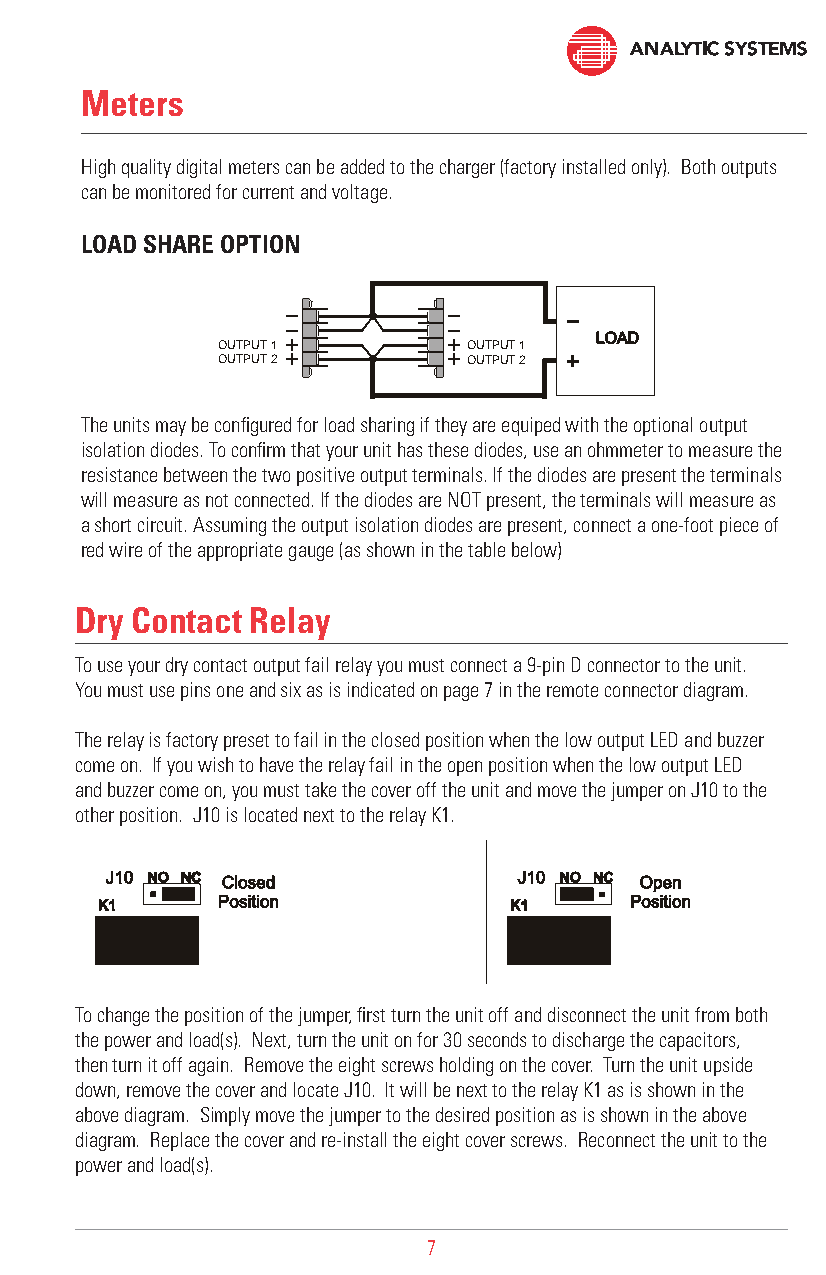
Meters
 High quality digital meters can be added to the charger (factory installed only). Both outputs
 can be monitored for current and voltage.
 LOAD SHARE OPTION
 OUTPUT 1         OUTPUT 1
 OUTPUT 2         OUTPUT 2
 The units may be configured for load sharing if they are equiped with the optional output
 isolation diodes. To confirm that your unit has these diodes, use an ohmmeter to measure the
 resistance between the two positive output terminals. If the diodes are present the terminals
 will measure as not connected. If the diodes are NOT present, the terminals will measure as
 a short circuit. Assuming the output isolation diodes are present, connect a one-foot piece of
 red wire of the appropriate gauge (as shown in the table below)
 Dry Contact Relay
 To use your dry contact output fail relay you must connect a 9-pin D connector to the unit.
 You must use pins one and six as is indicated on page 7 in the remote connector diagram.
 The relay is factory preset to fail in the closed position when the low output LED and buzzer
 come on. If you wish to have the relay fail in the open position when the low output LED
 and buzzer come on, you must take the cover off the unit and move the jumper on J10 to the
 other position. J10 is located next to the relay K1.
 To change the position of the jumper, first turn the unit off and disconnect the unit from both
 the power and load(s). Next, turn the unit on for 30 seconds to discharge the capacitors,
 then turn it off again. Remove the eight screws holding on the cover. Turn the unit upside
 down, remove the cover and locate J10. It will be next to the relay K1 as is shown in the
 above diagram. Simply move the jumper to the desired position as is shown in the above
 diagram. Replace the cover and re-install the eight cover screws. Reconnect the unit to the
 power and load(s).
 7